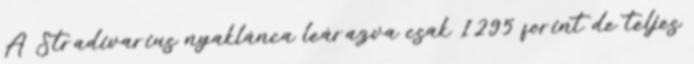
A Stradivarius nyaklánca leárazva csak 1295 forint de teljes